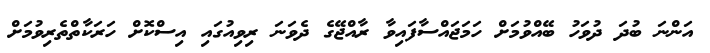
އަންނަ ބުދަ ދުވަހު ބޭއްވުމަށް ހަމަޖައްސާފައިވާ ރާއްޖޭގެ ދެވަނަ ރިވިއުގައި އިސްކޮށް ހަރަކާތްތެރިވުމަށް